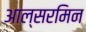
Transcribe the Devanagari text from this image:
आल्सरमिन